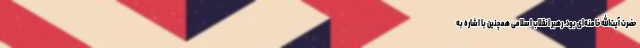
حضرت آیت‌الله خامنه‌ای بود. رهبر انقلاب اسلامی همچنین با اشاره به